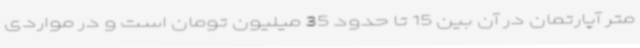
متر آپارتمان در آن بین 15 تا حدود 35 میلیون تومان است و در مواردی